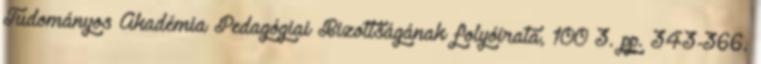
Tudományos Akadémia Pedagógiai Bizottságának folyóirata, 100 3. pp. 343-366.